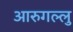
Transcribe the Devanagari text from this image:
आरुगल्लु